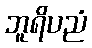
ဘူရိပညံ